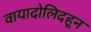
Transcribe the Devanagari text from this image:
वायादोलिदहून